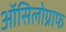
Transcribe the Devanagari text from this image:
ऑसिलोग्राफ